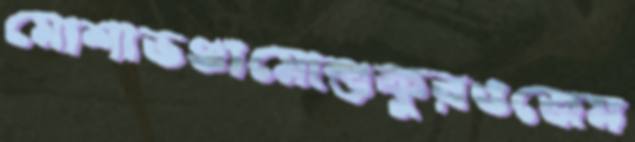
মোশাভণ্ডামোশুকুরওজেম